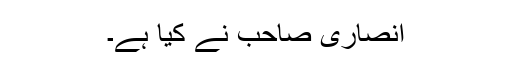
انصاری صاحب نے کیا ہے۔